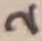
Text: 2